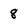
Character: 8